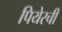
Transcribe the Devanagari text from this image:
पियेरची